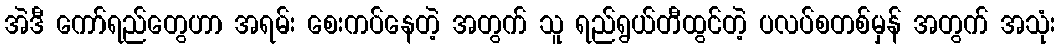
အဲဒီ ကော်ရည်တွေဟာ အရမ်း စေးကပ်နေတဲ့ အတွက် သူ ရည်ရွယ်တီထွင်တဲ့ ပလပ်စတစ်မှန် အတွက် အသုံး